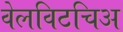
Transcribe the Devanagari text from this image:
वेलविटचिअ